Report on malaria in the Punjab during the year ...  together with an account of the work of the Punjab Malaria Bureau - Volume 5
Disease focus: Malaria
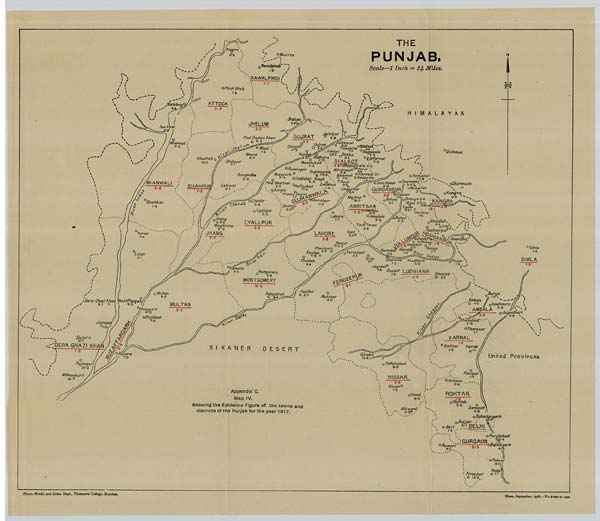
Photo.-Mechl. and Litho. Dept., Thomason College, Roorkee.
Zinco. September, 1918.—No.3138-7.-355